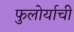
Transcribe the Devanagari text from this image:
फुलोर्याची